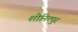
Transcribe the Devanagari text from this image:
शोनित्पुर